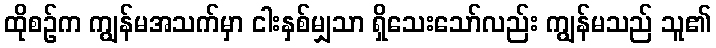
ထိုစဉ်က ကျွန်မအသက်မှာ ငါးနှစ်မျှသာ ရှိသေးသော်လည်း ကျွန်မသည် သူ၏